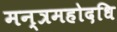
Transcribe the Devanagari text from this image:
मन्त्रमहोदधि